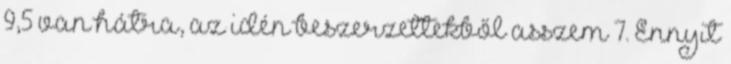
9,5 van hátra, az idén beszerzettekből asszem 7. Ennyit